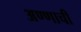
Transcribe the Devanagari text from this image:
अण्णाची